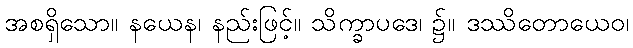
အစရှိသော။ နယေန၊ နည်းဖြင့်။ သိက္ခာပဒေ၊ ၌။ ဒဿိတောယေဝ၊